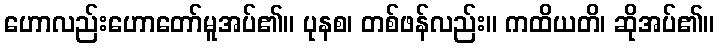
ဟောလည်းဟောတော်မူအပ်၏။ ပုနစ၊ တစ်ဖန်လည်း။ ကထိယတိ၊ ဆိုအပ်၏။